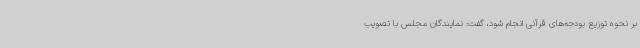
بر نحوه توزیع بودجه‌های قرآنی انجام شود، گفت: نمایندگان مجلس با تصویب